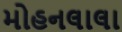
મોહનલાલા